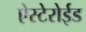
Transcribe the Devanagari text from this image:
ऐस्टेरोईड